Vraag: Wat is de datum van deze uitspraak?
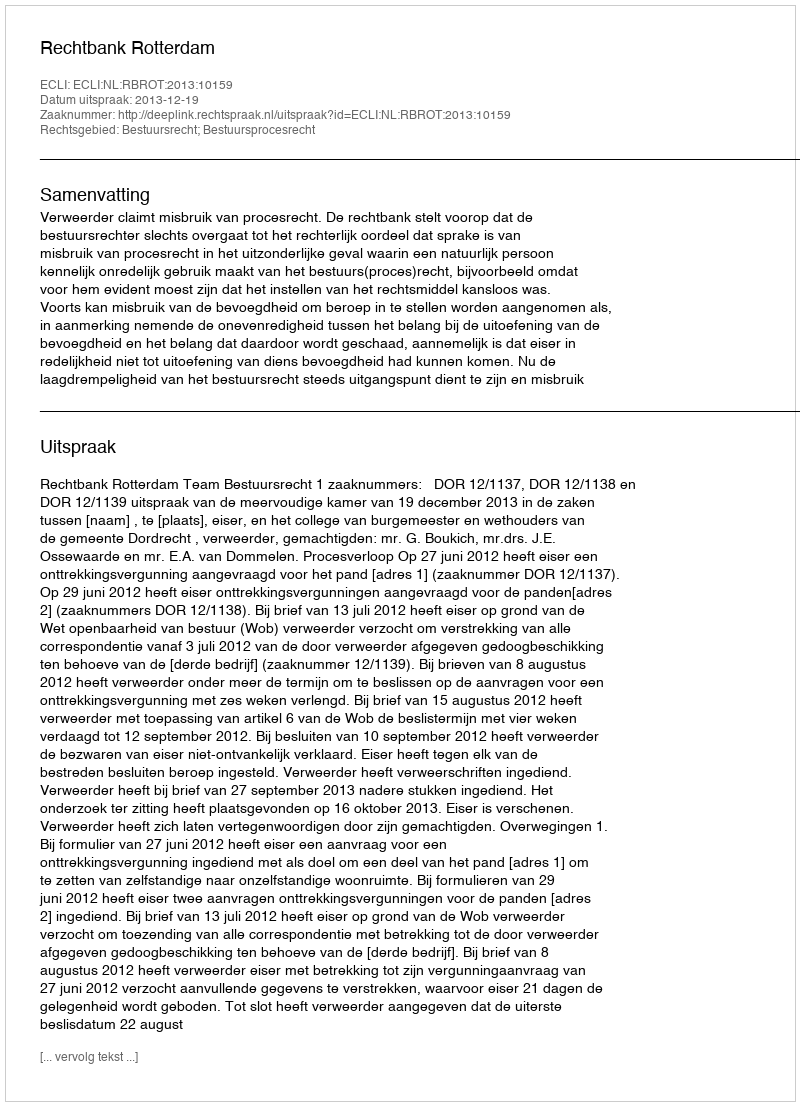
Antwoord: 2013-12-19